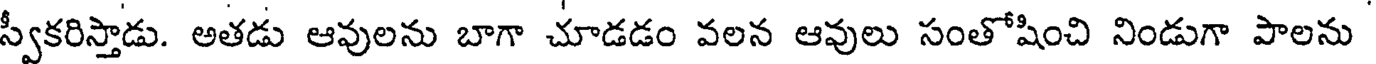
స్వీకరిస్తాడు. అతడు ఆవులను బాగా చూడడం వలన ఆవులు సంతోషించి నిండుగా పాలను